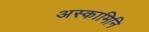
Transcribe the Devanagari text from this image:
अस्कामिनि